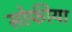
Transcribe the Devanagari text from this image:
सोफीया